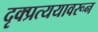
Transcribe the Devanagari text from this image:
दृक्प्रत्ययावरून